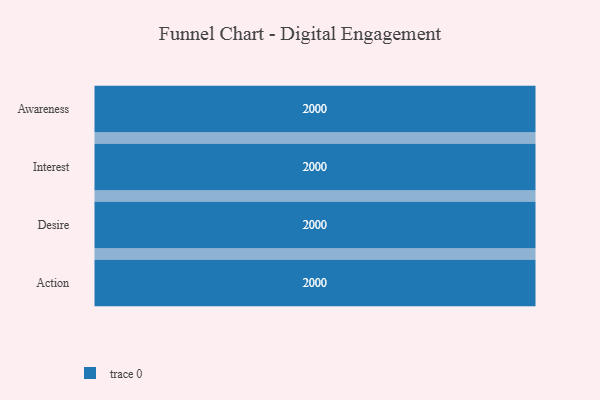
{"axis": {"x": "Stage", "y": "Value"}, "legend": [""], "data": [{"x": "Awareness", "y": 2000, "type": ""}, {"x": "Interest", "y": 2000, "type": ""}, {"x": "Desire", "y": 2000, "type": ""}, {"x": "Action", "y": 2000, "type": ""}]}